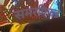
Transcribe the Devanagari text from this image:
समरफिल्ड